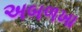
અબળખા